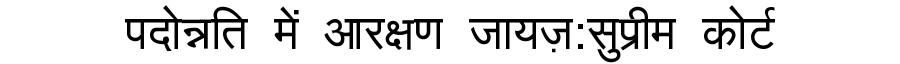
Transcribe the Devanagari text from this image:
पदोन्नति में आरक्षण जायज़:सुप्रीम कोर्ट